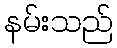
နမ်းသည်